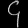
Digit: ၄